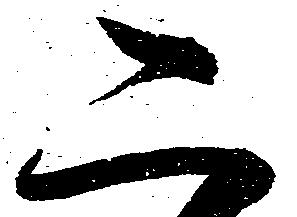
二